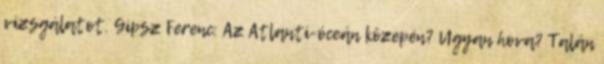
vizsgálatot. Gipsz Ferenc: Az Atlanti-óceán közepén? Ugyan hova? Talán